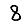
Digit: 8